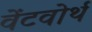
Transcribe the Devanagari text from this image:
वेंटवोर्थ